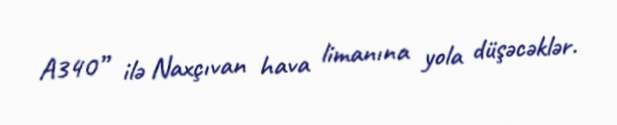
A340” ilə Naxçıvan hava limanına yola düşəcəklər.